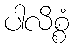
ပါလိစ္စံ